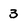
Character: 3